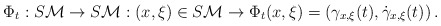
\begin{align*}\Phi_t:S\mathcal{M}\rightarrow S\mathcal{M}: (x,\xi )\in S\mathcal{M} \rightarrow\Phi_t (x,\xi )=\left( \gamma_{x,\xi }(t),\dot{\gamma}_{x,\xi }(t)\right).\end{align*}